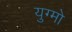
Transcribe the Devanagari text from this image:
युग्मो